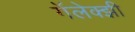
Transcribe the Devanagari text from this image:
गॅलेक्झी